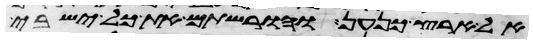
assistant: אל ארץ כנען והורשתם את כל ישבי